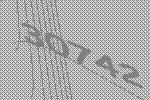
30742